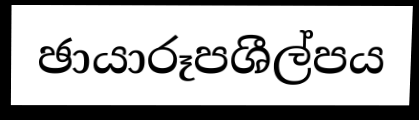
ඡායාරූපශීල්පය